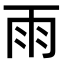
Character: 雨